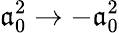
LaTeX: \mathfrak{a}_{0}^{2}\rightarrow-\mathfrak{a}_{0}^{2}